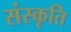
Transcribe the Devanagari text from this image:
संस्‍कृति